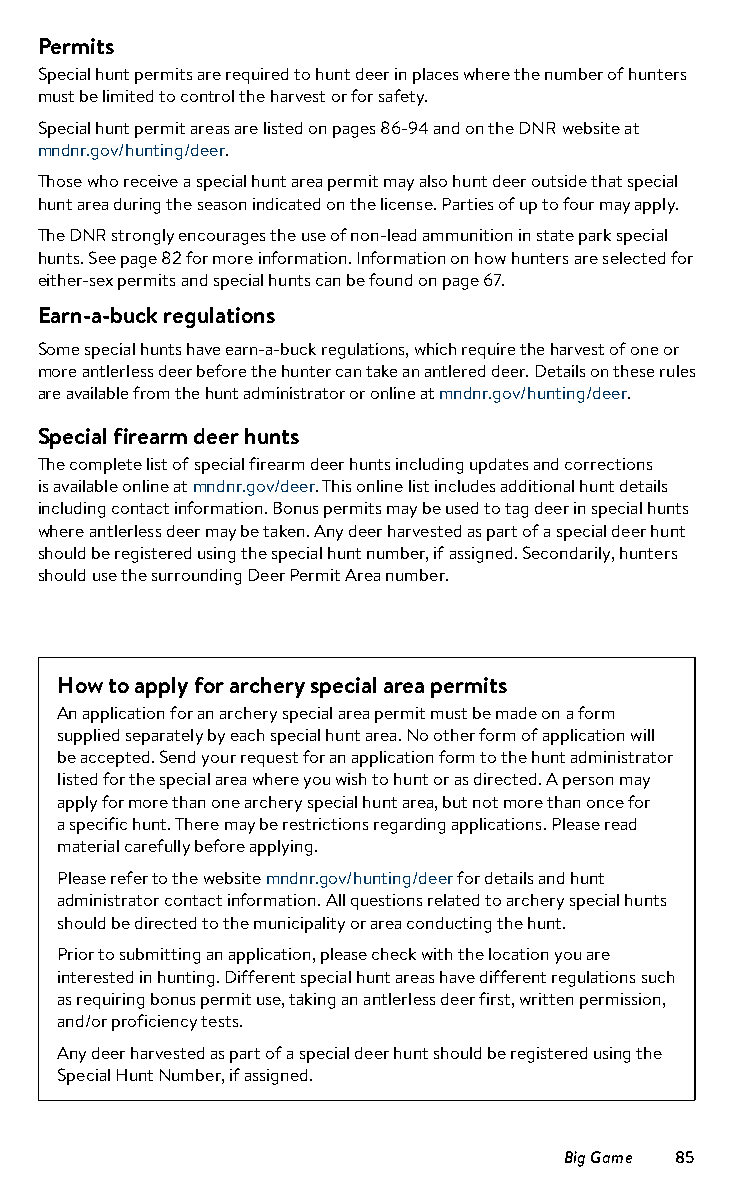
Permits
 Special hunt permits are required to hunt deer in places where the number of hunters
 must be limited to control the harvest or for safety.
 Special hunt permit areas are listed on pages 86-94 and on the DNR website at
 mndnr.gov/hunting/deer.
 Those who receive a special hunt area permit may also hunt deer outside that special
 hunt area during the season indicated on the license. Parties of up to four may apply.
 The DNR strongly encourages the use of non-lead ammunition in state park special
 hunts. See page 82 for more information. Information on how hunters are selected for
 either-sex permits and special hunts can be found on page 67.
 Earn-a-buck regulations
 Some special hunts have earn-a-buck regulations, which require the harvest of one or
 more antlerless deer before the hunter can take an antlered deer. Details on these rules
 are available from the hunt administrator or online at mndnr.gov/hunting/deer.
 Special firearm deer hunts
 The complete list of special firearm deer hunts including updates and corrections
 is available online at mndnr.gov/deer. This online list includes additional hunt details
 including contact information. Bonus permits may be used to tag deer in special hunts
 where antlerless deer may be taken. Any deer harvested as part of a special deer hunt
 should be registered using the special hunt number, if assigned. Secondarily, hunters
 should use the surrounding Deer Permit Area number.
 How to apply for archery special area permits
 An application for an archery special area permit must be made on a form
 supplied separately by each special hunt area. No other form of application will
 be accepted. Send your request for an application form to the hunt administrator
 listed for the special area where you wish to hunt or as directed. A person may
 apply for more than one archery special hunt area, but not more than once for
 a specific hunt. There may be restrictions regarding applications. Please read
 material carefully before applying.
 Please refer to the website mndnr.gov/hunting/deer for details and hunt
 administrator contact information. All questions related to archery special hunts
 should be directed to the municipality or area conducting the hunt.
 Prior to submitting an application, please check with the location you are
 interested in hunting. Different special hunt areas have different regulations such
 as requiring bonus permit use, taking an antlerless deer first, written permission,
 and/or proficiency tests.
 Any deer harvested as part of a special deer hunt should be registered using the
 Special Hunt Number, if assigned.
 Big Game 85